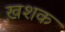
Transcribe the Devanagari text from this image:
ख़शक